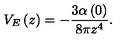
V _ { E } \left( z \right) = - \frac { 3 \alpha \left( 0 \right) } { 8 \pi z ^ { 4 } } .